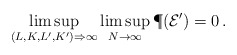
\begin{align*} \limsup_{(L,K,L',K') \Rightarrow \infty} \limsup_{N \rightarrow \infty } \P(\mathcal E') = 0\,.\end{align*}